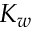
K _ { w }